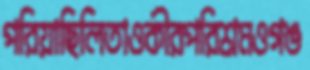
পরিয়াছিলিতাওকীরপরিশ্রমওগঙ